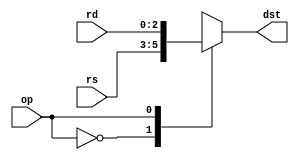
module MUX_regDst(
    input [2:0] rs, rd,
    input op,
    output [2:0] dst
    );

    function [2:0] res_dst;
        input [2:0] rs, rd;
        input op;
        begin
            case (op) 
                1'b0: res_dst = rs;
                1'b1: res_dst = rd;
                default: res_dst = 3'b000;
            endcase
        end
    endfunction

    assign dst = res_dst(rs, rd, op);
endmodule